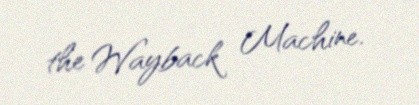
the Wayback Machine.